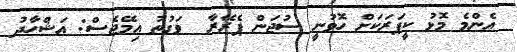
އެންމެ މޮޅު ކީޕަރަކަށް ހޮވުނީ ސުޖަން ޕެރޭރާ  ވަގުތު އިމޭޖެސް: އަޝްހާދު